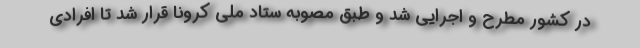
در کشور مطرح و اجرایی شد و طبق مصوبه ستاد ملی کرونا قرار شد تا افرادی